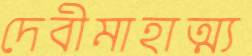
দেবীমাহাত্ম্য